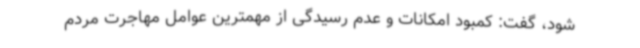
شود، گفت: کمبود امکانات و عدم رسیدگی از مهمترین عوامل مهاجرت مردم